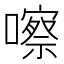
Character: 嚓